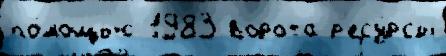
по́мощью 1983 ворота р'есу́рсы